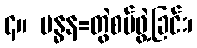
၄။ ဗန္ဓန=တွဲစပ်ဖွဲ့ခြင်း၊